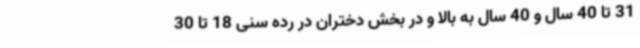
31 تا 40 سال و 40 سال به بالا و در بخش دختران در رده سنی 18 تا 30